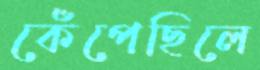
কেঁপেছিলে